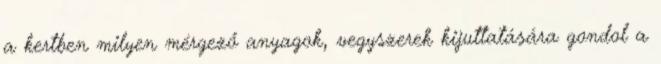
a kertben milyen mérgező anyagok, vegyszerek kijuttatására gondol a